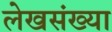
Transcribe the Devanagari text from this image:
लेखसंख्या